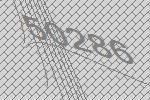
50286